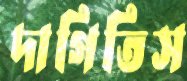
দাগিতিস